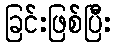
ခြင်းဖြစ်ပြီး